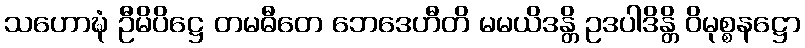
သဟောဍ္ဎံ ဦမိပိဋ္ဌေ တမဓီတေ ဘေဒေဟီတိ မမယိဒန္တိ ဥဒပါဒိန္တိ ဝိမုစ္စနဋ္ဌော